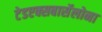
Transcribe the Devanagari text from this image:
टेडएक्सबार्सेलोना